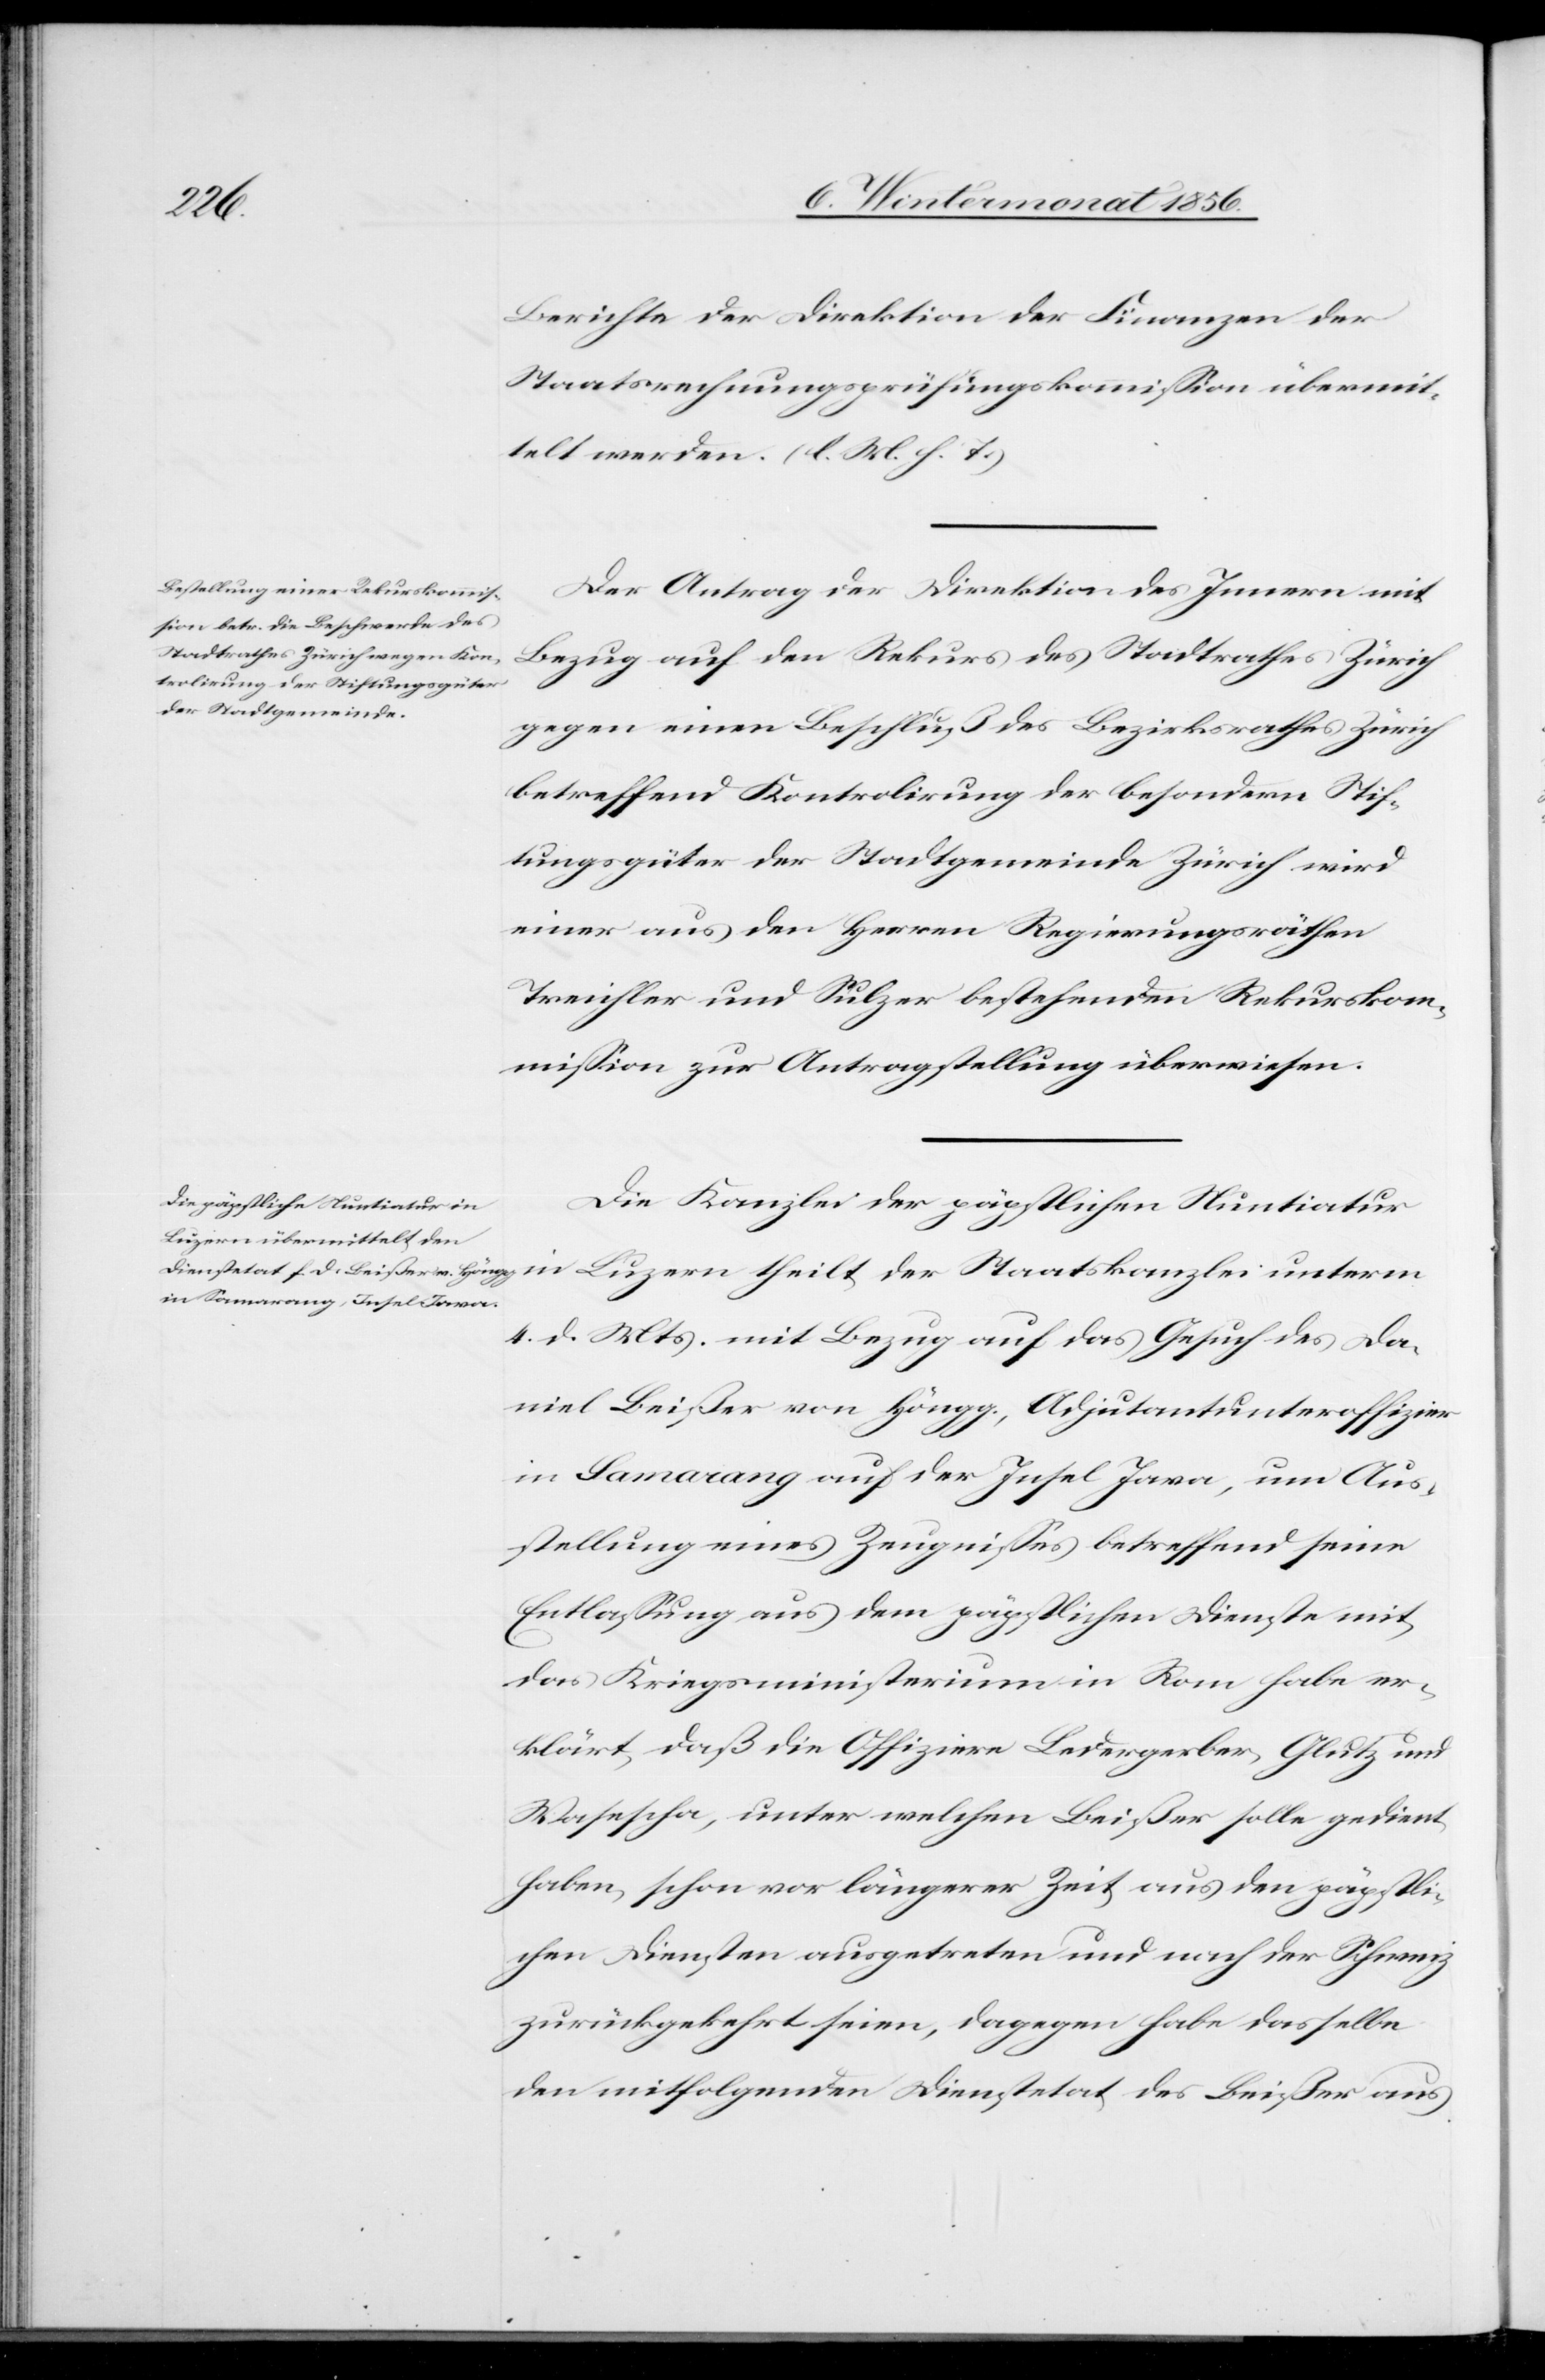
Berichte der Direktion der Finanzen der
Staatsrechnungsprüfungskommission übermit¬
telt werden. (l. M. h. T.)
Der Antrag der Direktion des Innern mit
Bezug auf den Rekurs des Stadtrathes Zürich
gegen einen Beschluß des Bezirksrathes Zürich
betreffend Kontrolirung der besondern Stif¬
tungsgüter der Stadtgemeinde Zürich wird
einer aus den Herren Regierungsräthen
Treichler und Sulzer bestehenden Rekurskom¬
mission zur Antragstellung überwiesen.
Die Kanzlei der päpstlichen Nuntiatur
4. d. Mts. mit Bezug auf das Gesuch des Da¬
niel Beißer von Höngg, Adjutantunteroffizier
in Samarang auf der Insel Java, um Aus¬
stellung eines Zeugnisses betreffend seine
Entlassung aus dem päpstlichen Dienste mit,
das Kriegsministerium in Rom habe er¬
klärt, daß die Offiziere Ledergerber, Glutz und
Wasescha, unter welchen Beißer solle gedient
haben, schon vor längerer Zeit aus den päpstli¬
chen Diensten ausgetreten und nach der Schweiz
zurückgekehrt seien, dagegen habe dasselbe
den mitfolgenden Dienstetat des Beißer aus